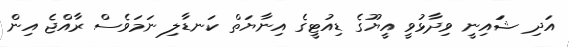
އަދި ޝަައިނީ ވިދާޅުވީ އީޔޫގެ ޑިއުޓީގެ އިނާޔަތް ކަނޑާލި ނަމަވެސް ރާއްޖެ އިން